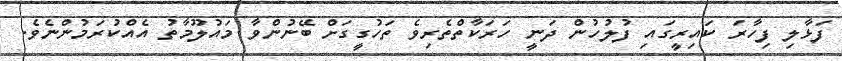
ފަޅާލި ފިހާރަ ކައިރީގައި ފުލުހުން ދަނީ ހަރަކާތްތެރިވެ ތަހުގީގަށް ބޭނުންވާ މައުލޫމާތު އެއްކުރަމުންނެވެ.